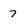
Character: 7